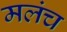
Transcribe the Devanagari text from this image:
मलंच